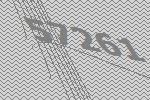
57261